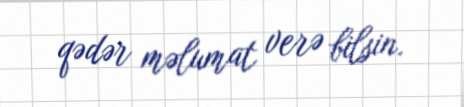
qədər məlumat verə bilsin.